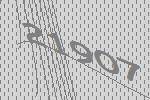
21907